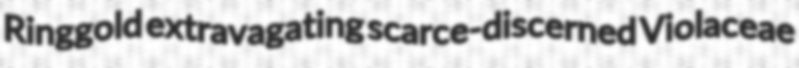
Ringgold extravagating scarce-discerned Violaceae